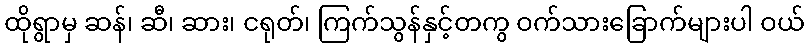
ထိုရွာမှ ဆန်၊ ဆီ၊ ဆား၊ ငရုတ်၊ ကြက်သွန်နှင့်တကွ ဝက်သားခြောက်များပါ ဝယ်